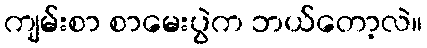
ကျမ်းစာ စာမေးပွဲက ဘယ်တော့လဲ။